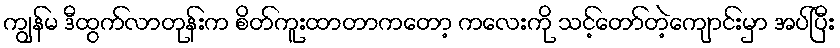
ကျွန်မ ဒီထွက်လာတုန်းက စိတ်ကူးထာတာကတော့ ကလေးကို သင့်တော်တဲ့ကျောင်းမှာ အပ်ပြီး